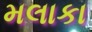
મલાકા